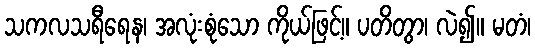
သကလသရီရေန၊ အလုံးစုံသော ကိုယ်ဖြင့်။ ပတိတွာ၊ လဲ၍။ မတံ၊